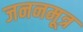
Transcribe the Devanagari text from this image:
जननमूत्र